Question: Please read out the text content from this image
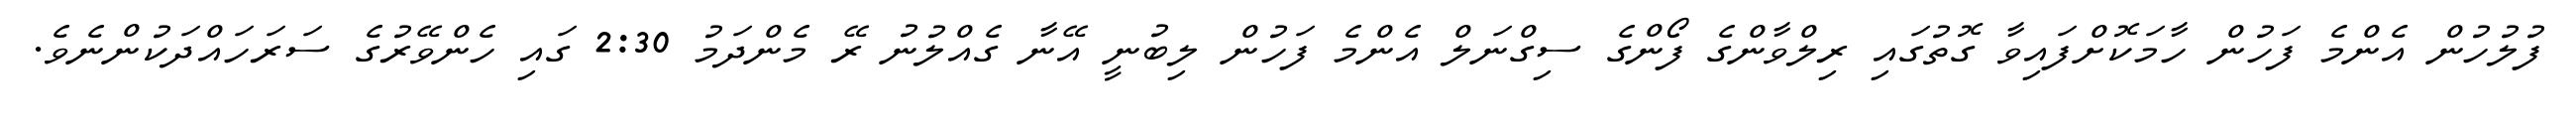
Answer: ފުލުހުން އެންމެ ފަހުން ހާމަކޮށްފައިވާ ގޮތުގައި ރިލްވާންގެ ފޯންގެ ސިގްނަލް އެންމެ ފަހުން ލިބުނީ އޭނާ ގެއްލުނު ރޭ މެންދަމު 2:30 ގައި ހެންވޭރުގެ ސަރަހައްދަކުންނެވެ.